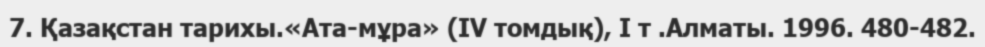
7. Қазақстан тарихы.«Ата-мұра» (IV томдық), I т .Алматы. 1996. 480-482.